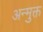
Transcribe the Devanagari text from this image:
अन्मुक्त